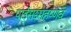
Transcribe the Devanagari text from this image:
पाईसद्दमहष्णव